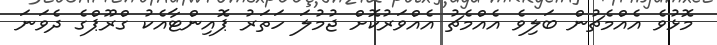
މޮޅުވެ އެއްމެޗުން ބަލިވެ އެއްމެޗު އެއްވަރުކޮށް ޖުމުލަ ހަތަރު ޕޮއިންޓާއެކު ގްރޫޕްގެ ދެވަނަ